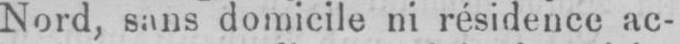
Nord, sans domicile ni résidence ac-